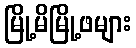
မြို့မိမြို့ဖများ